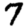
Digit: 7